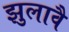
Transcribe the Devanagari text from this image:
झुलावै